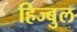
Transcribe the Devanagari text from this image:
हिज्बुल